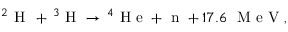
^ 2 \mathrm { ~ H ~ } \, + \, ^ { 3 } \mathrm { ~ H ~ } \to \, ^ { 4 } \mathrm { ~ H ~ e ~ } + \mathrm { ~ n ~ } + 1 7 . 6 ~ \mathrm { ~ M ~ e ~ V ~ } ,